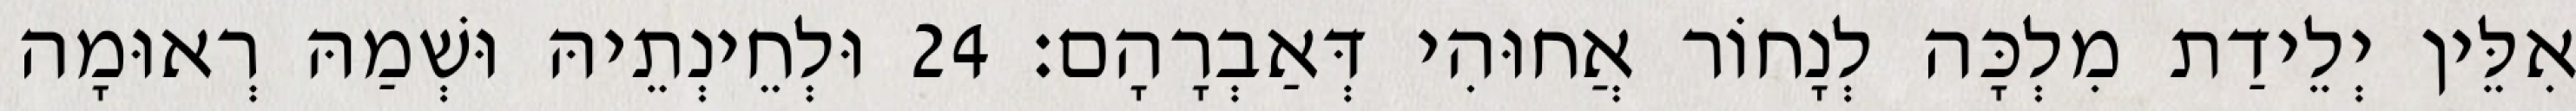
אִלֵּין יְלֵידַת מִלְכָּה לְנָחוֹר אֲחוּהִי דְּאַבְרָהָם׃ 24 וּלְחֵינְתֵיהּ וּשְׁמַהּ רְאוּמָה